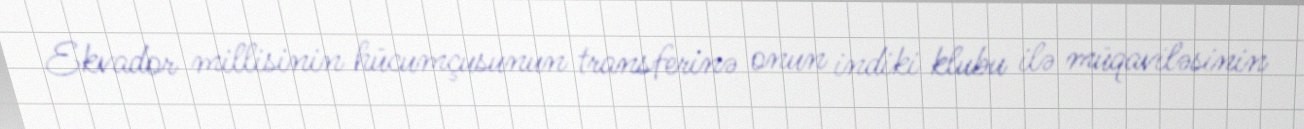
Ekvador millisinin hücumçusunun transferinə onun indiki klubu ilə müqaviləsinin